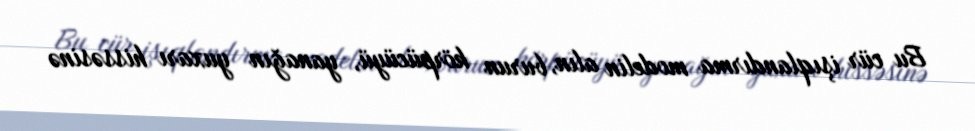
Bu cür işıqlandırma modelin alın, burun körpücüyü, yanağın yuxarı hissəsinə